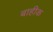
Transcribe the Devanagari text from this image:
बाहीक